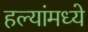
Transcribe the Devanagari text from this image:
हल्यांमध्ये